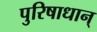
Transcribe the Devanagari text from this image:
पुरिषाधान्